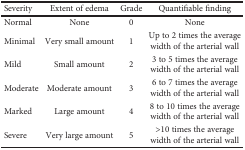
<table><thead><tr><td><b>Severity</b></td><td><b>Extent of edema</b></td><td><b>Grade</b></td><td><b>Quantifiable finding</b></td></tr></thead><tbody><tr><td>Normal</td><td>None</td><td>0</td><td>None</td></tr><tr><td>Minimal</td><td>Very small amount</td><td>1</td><td>Up to 2 times the average width of the arterial wall</td></tr><tr><td>Mild</td><td>Small amount</td><td>2</td><td>3 to 5 times the average width of the arterial wall</td></tr><tr><td>Moderate</td><td>Moderate amount</td><td>3</td><td>6 to 7 times the average width of the arterial wall</td></tr><tr><td>Marked</td><td>Large amount</td><td>4</td><td>8 to 10 times the average width of the arterial wall</td></tr><tr><td>Severe</td><td>Very large amount</td><td>5</td><td>&gt;10 times the average width of the arterial wall</td></tr></tbody></table>